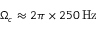
\Omega _ { c } \approx 2 \pi \times 2 5 0 \, \mathrm { { H z } }